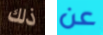
ذلك عن